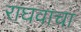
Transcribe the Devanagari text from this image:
राघवाचा